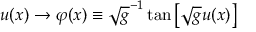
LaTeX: u ( x ) \rightarrow \varphi ( x ) \equiv \sqrt { g } ^ { - 1 } \tan \left[ \sqrt { g } u ( x ) \right]